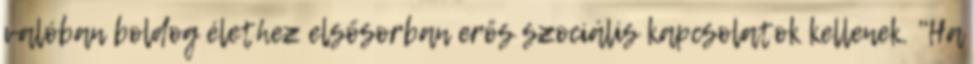
valóban boldog élethez elsősorban erős szociális kapcsolatok kellenek. "Ha